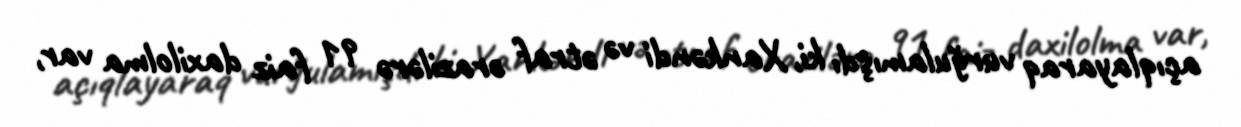
açıqlayaraq vurğulamışdı ki, Xankəndi və ətraf ərazilərə 91 faiz daxilolma var,